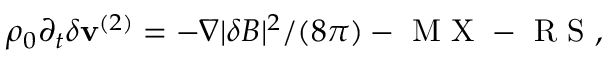
\begin{array} { r } { \rho _ { 0 } \partial _ { t } \delta \mathbf { v } ^ { ( 2 ) } = - \nabla \lvert \delta B \rvert ^ { 2 } / ( 8 \pi ) - \mathrm { ~ M ~ X ~ } - \mathrm { ~ R ~ S ~ } , } \end{array}